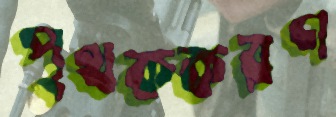
পৃথককরণ